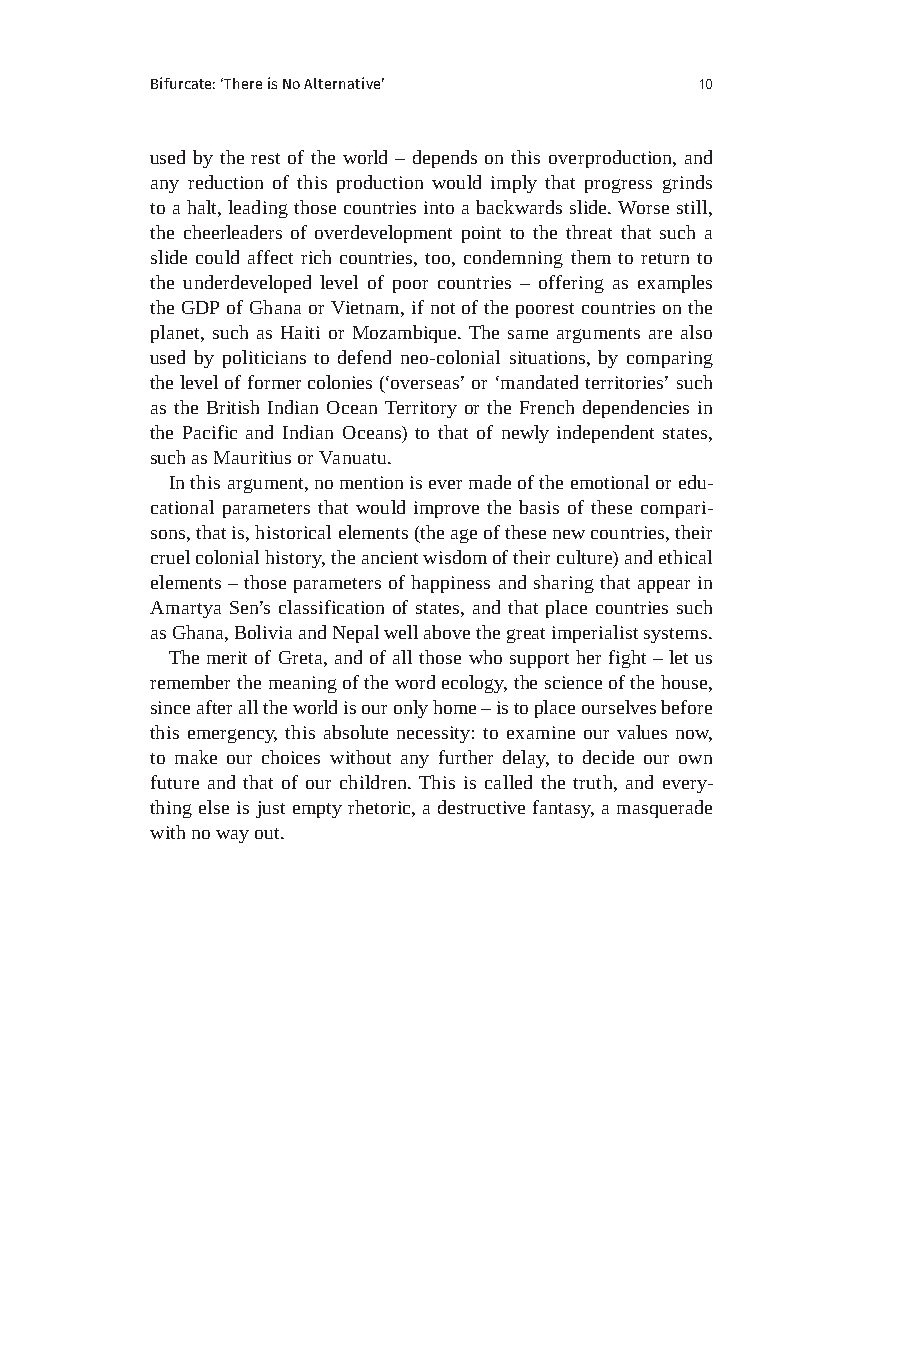
Bifurcate: ‘There is No Alternative’ 10
 used by the rest of the world – depends on this overproduction, and
 any reduction of this production would imply that progress grinds
 to a halt, leading those countries into a backwards slide. Worse still,
 the cheerleaders of overdevelopment point to the threat that such a
 slide could affect rich countries, too, condemning them to return to
 the underdeveloped level of poor countries – offering as examples
 the GDP of Ghana or Vietnam, if not of the poorest countries on the
 planet, such as Haiti or Mozambique. The same arguments are also
 used by politicians to defend neo-colonial situations, by comparing
 the level of former colonies (‘overseas’ or ‘mandated territories’ such
 as the British Indian Ocean Territory or the French dependencies in
 the Pacific and Indian Oceans) to that of newly independent states,
 such as Mauritius or Vanuatu.
 In this argument, no mention is ever made of the emotional or edu-
 cational parameters that would improve the basis of these compari-
 sons, that is, historical elements (the age of these new countries, their
 cruel colonial history, the ancient wisdom of their culture) and ethical
 elements – those parameters of happiness and sharing that appear in
 Amartya Sen’s classification of states, and that place countries such
 as Ghana, Bolivia and Nepal well above the great imperialist systems.
 The merit of Greta, and of all those who support her fight – let us
 remember the meaning of the word ecology, the science of the house,
 since after all the world is our only home – is to place ourselves before
 this emergency, this absolute necessity: to examine our values now,
 to make our choices without any further delay, to decide our own
 future and that of our children. This is called the truth, and every-
 thing else is just empty rhetoric, a destructive fantasy, a masquerade
 with no way out.